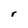
Character: r